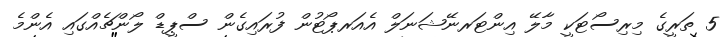
5 ތަރީގެ މިރިސޯޓަކީ މާލޭ އިންޓަރނޭޝަނަލް އެއަރޕޯޓުން ފުރައިގެން ސްޕީޑް ލޯންޗެއްގައި އެންމެ